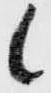
候